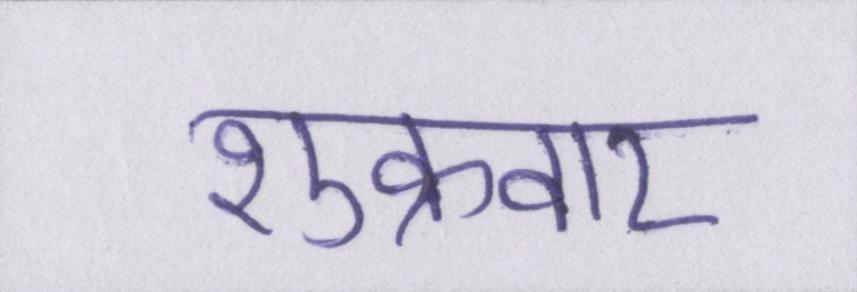
शुक्रवार